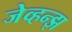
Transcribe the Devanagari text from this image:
जेव्हन्झ